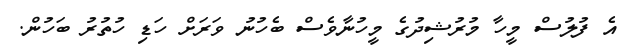
އެ ފުލުސް މީހާ މުރުޝިދުގެ މީހުނާވެސް ބެހުނު ވަރަށް ހަޑި ހުތުރު ބަހުން.